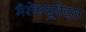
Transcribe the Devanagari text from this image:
मैसेश्यूसेट्स